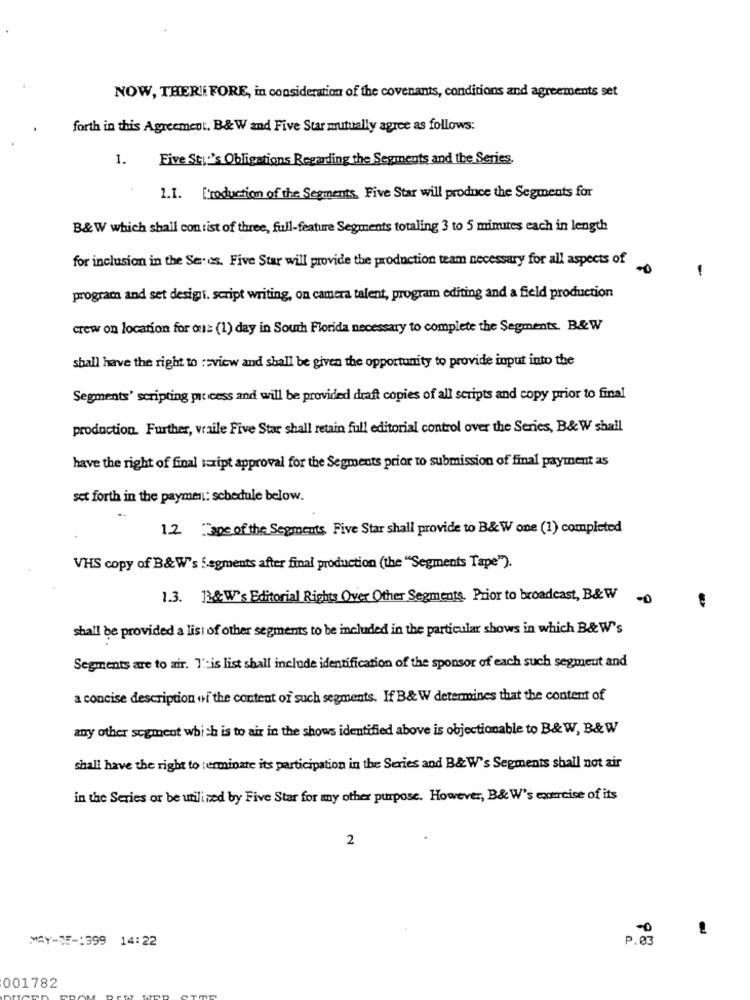
NOW, THERE FORE, in consideration of the covenants, conditions and agreements set
forth in this Agreement. B& W and Five Star mutually agree as follows:
1.
Five Sti:'s Obligations Regarding the Segments and the Series.
1.1. Production of the Segments. Five Star will produce the Segments for
B&W which shall con rist of three, full-feature Segments totaling 3 to 5 minutes each in length
for inclusion in the Se: es. Five Star will provide the production team necessary for all aspects of
.0
-
program and set designi. script writing, on camera talent, program editing and a field production
crew on location for our (1) day in South Florida necessary to complete the Segments. B&W
shall have the right to :sview and shall be given the opportunity to provide input into the
Segments' scripting process and will be provided draft copies of all scripts and copy prior to final
production. Further, vraile Five Star shall retain full editorial control over the Series, B&W shall
have the right of final script approval for the Segments prior to submission of final payment as
set forth in the payment: schedule below.
12 "ape of the Segments Five Star shall provide to B&W one (1) completed
VHS copy of B&W's Segments after final production (the "Segments Tape").
1.3. B&W's Editorial Rights Over Other Segments. Prior to broadcast, B&W
shall be provided a lisi of other segments to be included in the particular shows in which B& W's
Segments are to air. T':is list shall include identification of the sponsor of each such segment and
a concise description of the content of such segments. If B& W determines that the content of
any other segment which is to air in the shows identified above is objectionable to B&W, B& W
shall have the right to terminate its participation in the Series and B&W's Segments shall not air
in the Series or be utilized by Five Star for any other purpose. However, B& W's exercise of its
2
P . 03
MAY-05-1599 14:22
001782